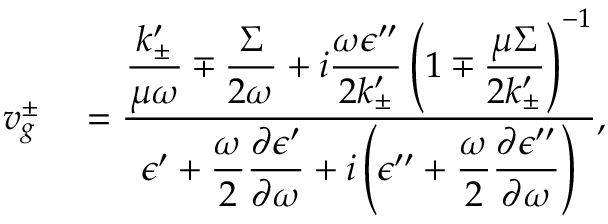
\begin{array} { r l } { v _ { g } ^ { \pm } } & { { } = \frac { \displaystyle \frac { k _ { \pm } ^ { \prime } } { \mu \omega } \mp \frac { \Sigma } { 2 \omega } + i \frac { \omega \epsilon ^ { \prime \prime } } { 2 k _ { \pm } ^ { \prime } } \left( 1 \mp \frac { \mu \Sigma } { 2 k _ { \pm } ^ { \prime } } \right) ^ { - 1 } } { \displaystyle \epsilon ^ { \prime } + \frac { \omega } { 2 } \frac { \partial \epsilon ^ { \prime } } { \partial \omega } + i \left( \epsilon ^ { \prime \prime } + \frac { \omega } { 2 } \frac { \partial \epsilon ^ { \prime \prime } } { \partial \omega } \right) } , } \end{array}